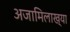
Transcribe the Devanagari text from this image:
अजामिलाख्या